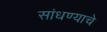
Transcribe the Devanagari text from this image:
सांधण्याचे